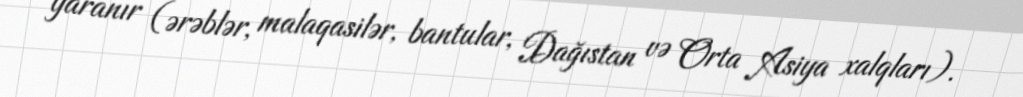
yaranır (ərəblər, malaqasilər, bantular, Dağıstan və Orta Asiya xalqları).